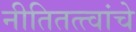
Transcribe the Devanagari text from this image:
नीतितत्त्वांचे